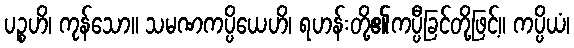
ပဉ္စဟိ၊ ကုန်သော။ သမဏကပ္ပိယေဟိ၊ ရဟန်းတို့၏ကပ္ပီခြင်တို့ဖြင့်။ ကပ္ပိယံ၊